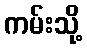
ကမ်းသို့